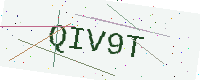
Text: QIV9T